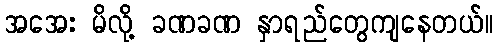
အအေး မိလို့ ခဏခဏ နှာရည်တွေကျနေတယ်။